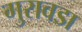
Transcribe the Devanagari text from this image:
गुरावडा